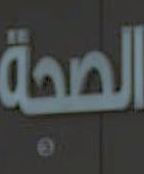
الصحة